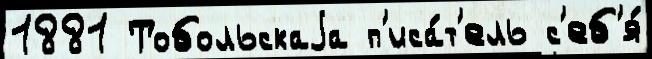
1881 Тобольскаjа п'иса́т'ель с'еб'я́